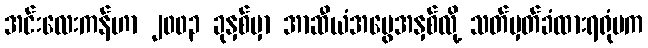
အင်းလေးကန်ဟာ ၂၀၀၃ ခုနှစ်မှာ အာဆီယံအမွေအနှစ်လို့ သတ်မှတ်ခံထားရရုံမက